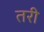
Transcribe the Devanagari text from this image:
तरी